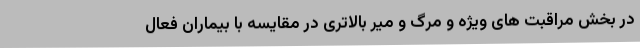
در بخش مراقبت های ویژه و مرگ و میر بالاتری در مقایسه با بیماران فعال